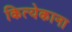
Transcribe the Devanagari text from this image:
कित्येकाना